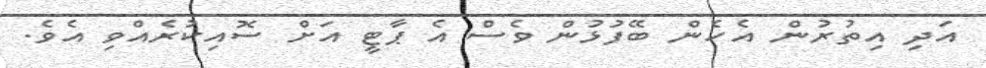
އަދި އިތުރުން އެހެން ބޭފުޅުން ވެސް އެ ޕާޓީ އަށް ސޮއިކުރެއްވި އެވެ.